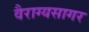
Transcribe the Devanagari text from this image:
वैराग्यसागर